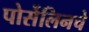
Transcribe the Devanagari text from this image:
पोर्सेलिनचे